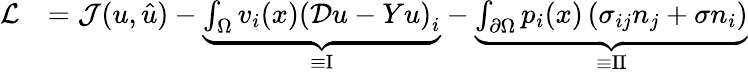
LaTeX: \begin{array}{rl}{\mathcal{L}}&{=\mathcal{J}(u,\hat{u})-\underbrace{\int_{\Omega}v_{i}(x)\left(\mathcal{D}u-Yu\right)_{i}}_{\equiv\mathrm{I}}-\underbrace{\int_{\partial\Omega}p_{i}(x)\left(\sigma_{ij}n_{j}+\sigma n_{i}\right)}_{\equiv\mathrm{II}}}\end{array}